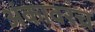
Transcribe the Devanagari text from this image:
अंकावरच